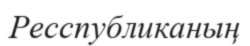
Ресспубликаның